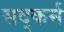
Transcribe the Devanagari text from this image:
सद्कर्म